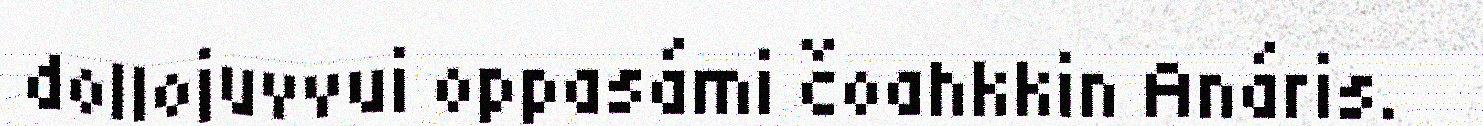
dollojuvvui oppasámi čoahkkin Anáris.